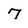
Character: 7